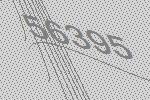
56395